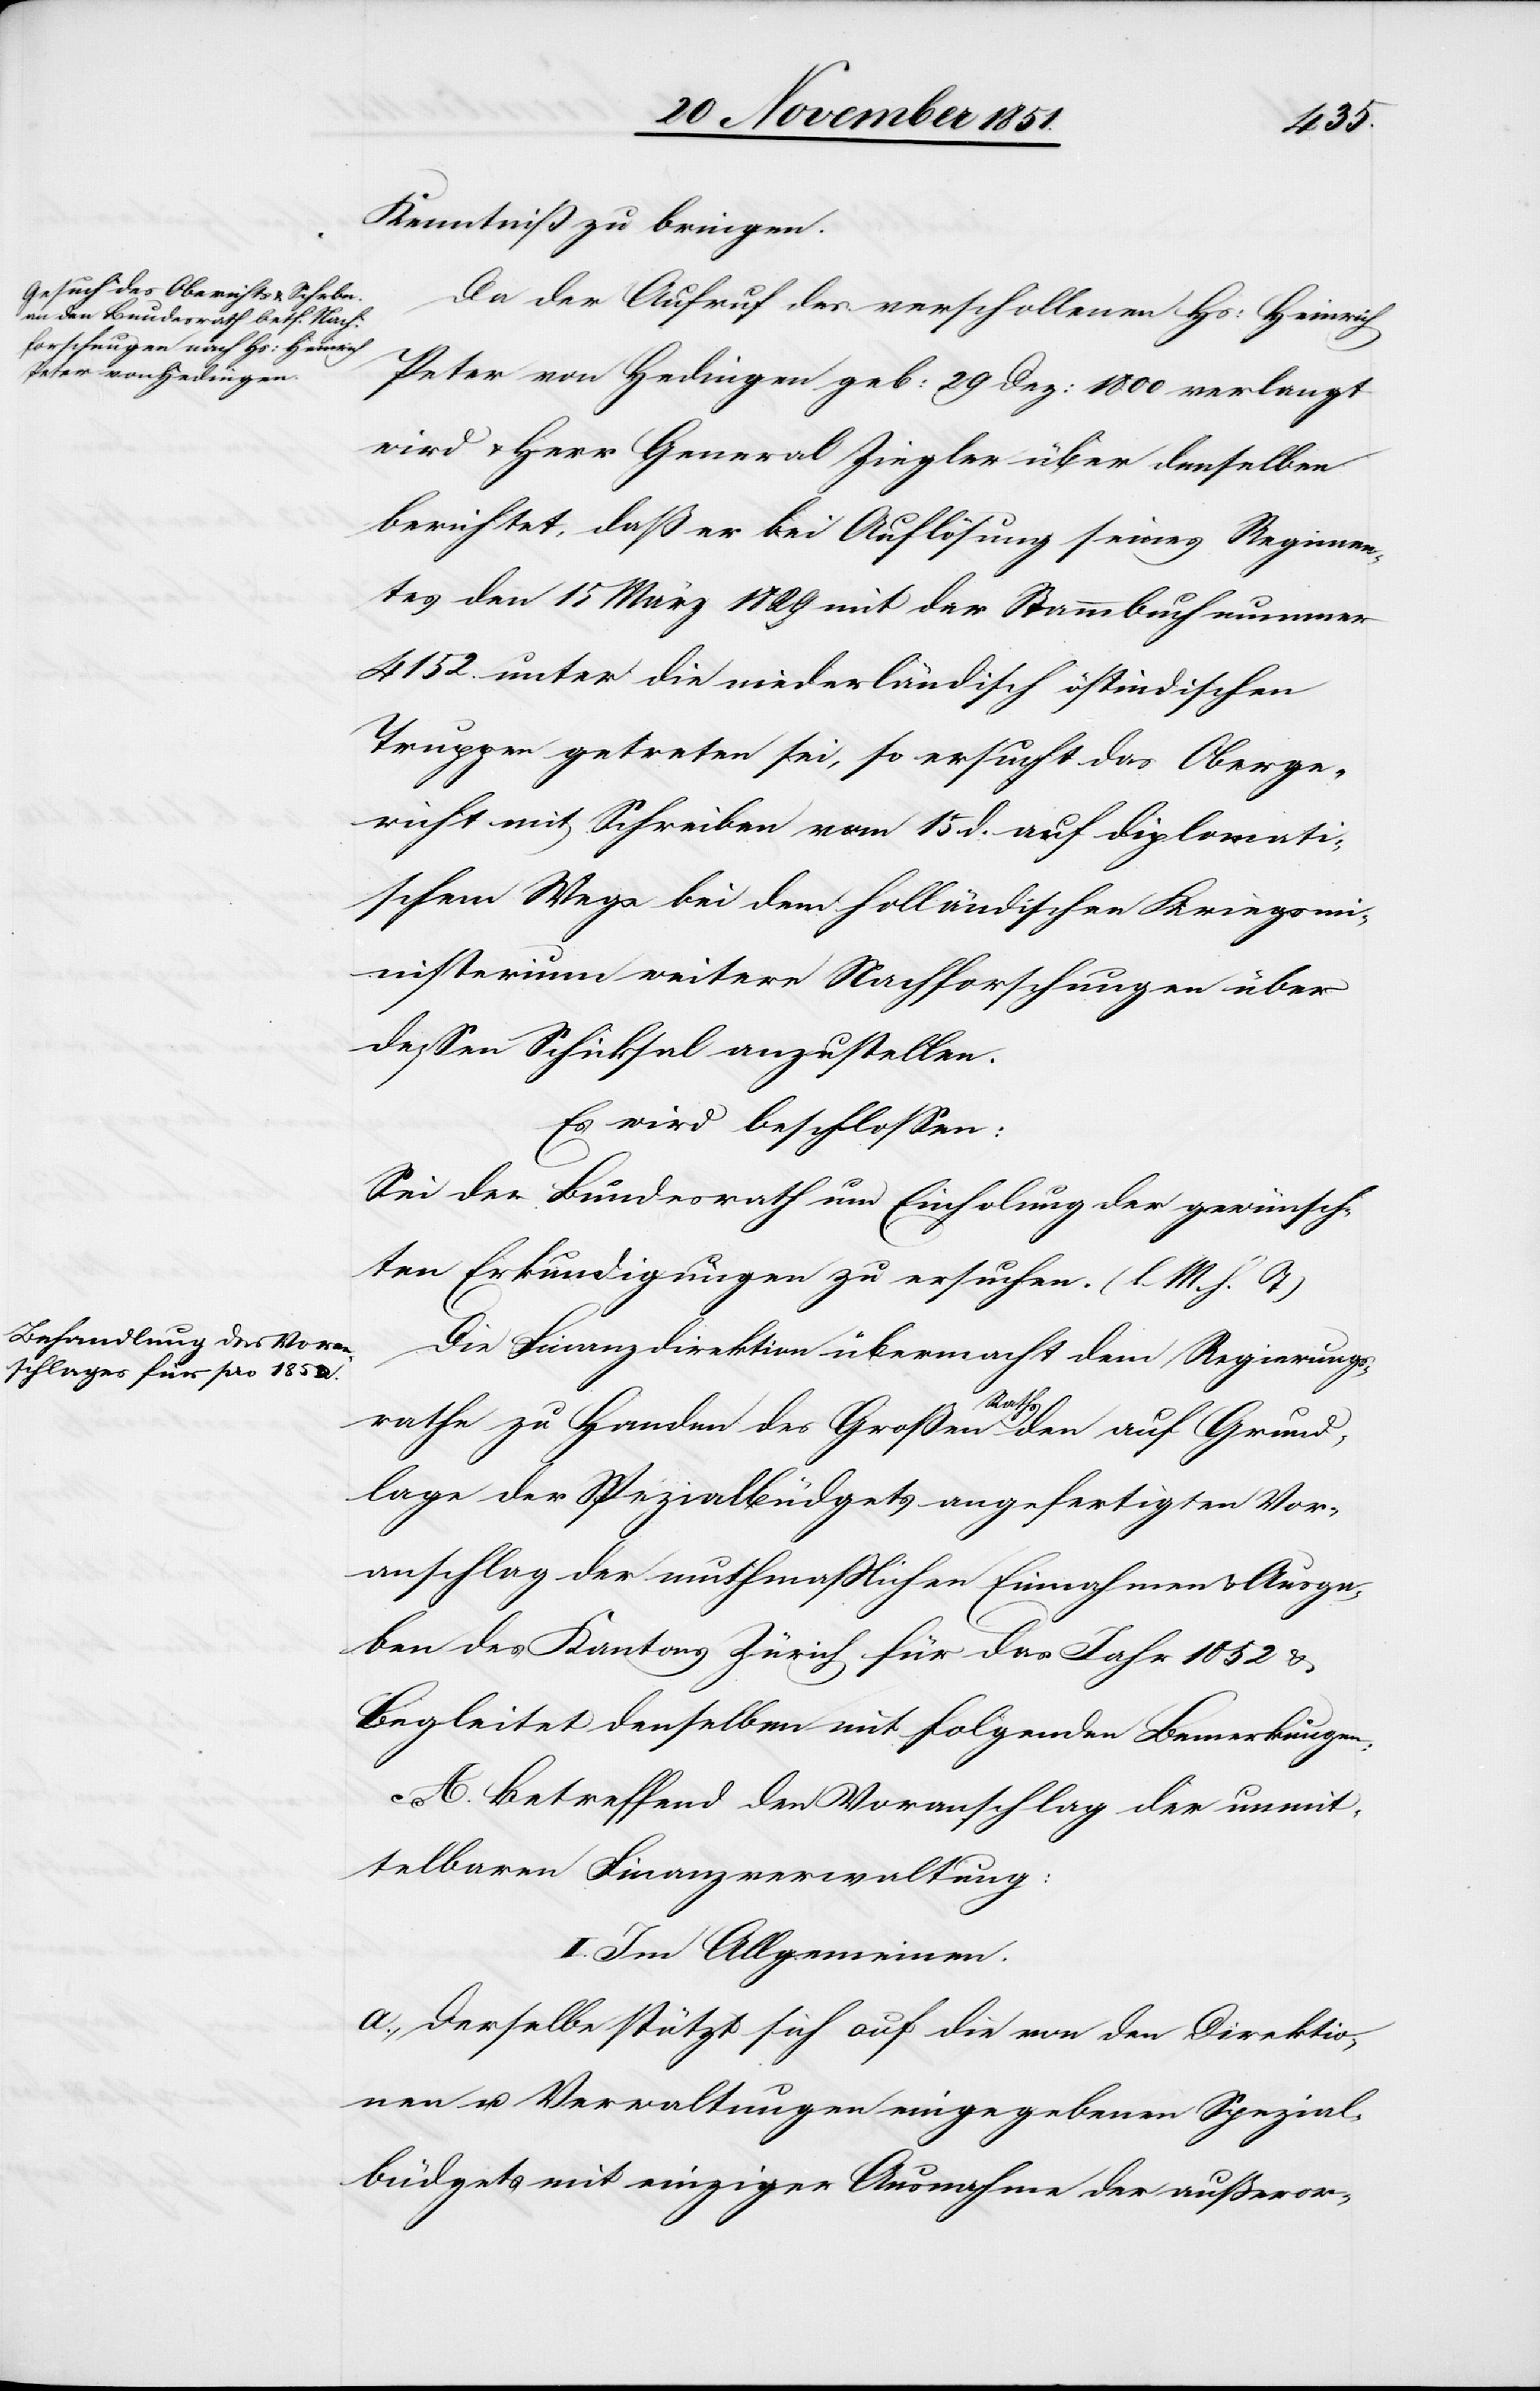
Kenntniß zu bringen.
Da der Aufruf des verschollenen Hs: Heinrich
Peter von Hedingen geb: 29 Dez: 1800 verlangt
wird & Herr General Ziegler über denselben
berichtet, daß er bei Auflösung seines Regimen¬
tes den 15 März 1829 mit der Stammbuchnummer
4152. unter die niederländisch östindischen
Truppen getreten sei, so ersucht das Oberge¬
richt mit Schreiben vom 15 d. auf diplomati¬
schem Wege bei dem holländischen Kriegsmi¬
nisterium weitere Nachforschungen über
dessen Schicksal anzustellen.
Es wird beschlossen:
Sei der Bundesrath um Einholung der gewünsch¬
ten Erkundigungen zu ersuchen. (l. M. h. T)
Die Finanzdirektion übermacht dem Regierungs¬
rathe zu Handen des Großen Raths den auf Grund¬
lage der Spezialbüdgets angefertigten Vor¬
anschlag der muthmaßlichen Einnahmen & Ausga¬
ben des Kantons Zürich für das Jahr 1852 &
begleitet denselben mit folgenden Bemerkungen:
A. Betreffend den Voranschlag der unmit¬
telbaren Finanzverwaltung:
I. Im Allgemeinen.
a., Derselbe stützt sich auf die von den Direktio¬
nen u. Verwaltungen eingegebenen Spezial¬
büdgets mit einziger Ausnahme der außeror-